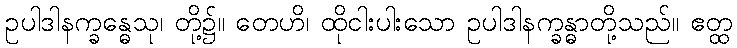
ဥပါဒါနက္ခန္ဓေသု၊ တို့၌။ တေဟိ၊ ထိုငါးပါးသော ဥပါဒါနက္ခန္ဓာတို့သည်။ ဧတ္ထ